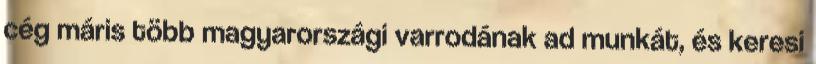
cég máris több magyarországi varrodának ad munkát, és keresi